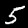
Digit: 5